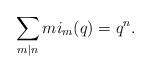
LaTeX: \begin{align*} \sum_{m|n} m i_m(q) = q^n.\end{align*}